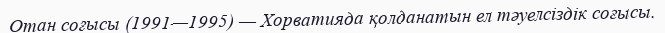
Отан соғысы (1991—1995) — Хорватияда қолданатын ел тәуелсіздік соғысы.